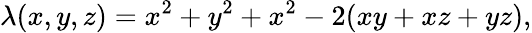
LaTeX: \lambda(x,y,z)=x^{2}+y^{2}+x^{2}-2(xy+xz+yz),